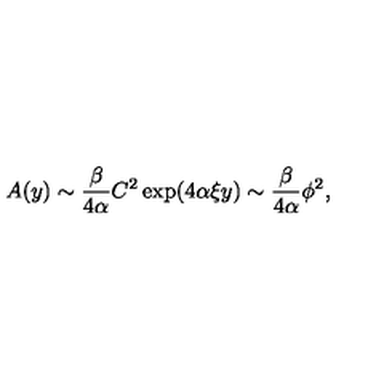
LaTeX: A ( y ) \sim { \frac { \beta } { 4 \alpha } } C ^ { 2 } \exp ( 4 \alpha \xi y ) \sim { \frac { \beta } { 4 \alpha } } \phi ^ { 2 } ,